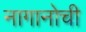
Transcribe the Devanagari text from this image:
नागानोची